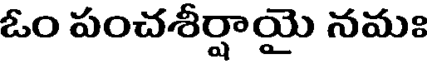
ఓం పంచశీర్షాయై నమః